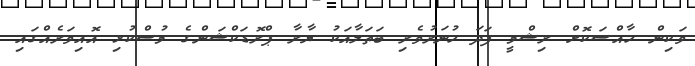
ވަކިން ހާއްސަކޮށް ރިޝްމީ ފަދަ ހުނަރުވެރި ބަތަލާއަކު ޔާރާ ޕްރޮޑަކްޝަންގެ މުސްކުޅި އޮއިވަރެއްގައި